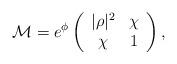
LaTeX: \begin{align*}{\cal M} = e^\phi \left(\begin{array}{cc}|\rho|^2 & \chi\\\chi & 1 \end{array} \right),\end{align*}